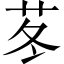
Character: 苳